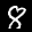
Label: 8